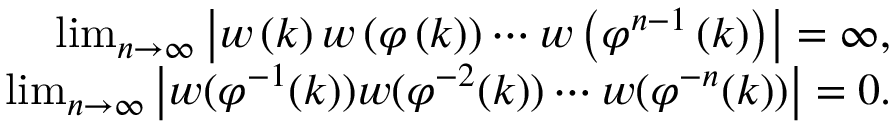
\begin{array} { r } { \operatorname* { l i m } _ { n \rightarrow \infty } \left| w \left( k \right) w \left( \varphi \left( k \right) \right) \cdots w \left( \varphi ^ { n - 1 } \left( k \right) \right) \right| = \infty , } \\ { \operatorname* { l i m } _ { n \rightarrow \infty } \left| w ( \varphi ^ { - 1 } ( k ) ) w ( \varphi ^ { - 2 } ( k ) ) \cdots w ( \varphi ^ { - n } ( k ) ) \right| = 0 . } \end{array}